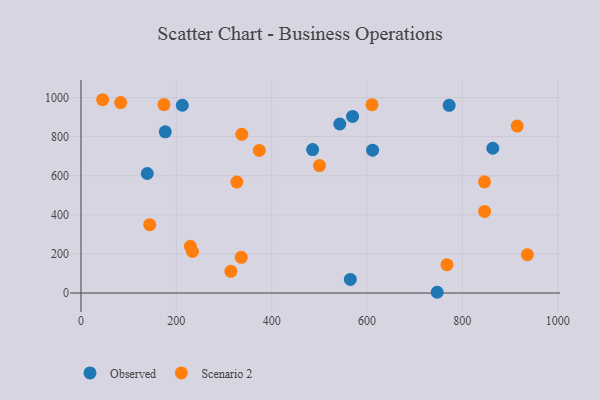
{"axis": {"x": "Ad Spend", "y": "Sales"}, "legend": ["Observed", "Scenario 2"], "data": [{"x": "772.3", "y": 960.7, "type": "Observed"}, {"x": "863.9", "y": 740.8, "type": "Observed"}, {"x": "139.0", "y": 611.6, "type": "Observed"}, {"x": "611.7", "y": 730.9, "type": "Observed"}, {"x": "747.2", "y": 3.8, "type": "Observed"}, {"x": "565.0", "y": 69.6, "type": "Observed"}, {"x": "212.6", "y": 960.9, "type": "Observed"}, {"x": "569.7", "y": 903.5, "type": "Observed"}, {"x": "176.8", "y": 825.0, "type": "Observed"}, {"x": "542.9", "y": 864.9, "type": "Observed"}, {"x": "485.9", "y": 734.2, "type": "Observed"}, {"x": "144.2", "y": 349.8, "type": "Scenario 2"}, {"x": "45.4", "y": 989.2, "type": "Scenario 2"}, {"x": "229.4", "y": 239.4, "type": "Scenario 2"}, {"x": "846.5", "y": 569.2, "type": "Scenario 2"}, {"x": "767.7", "y": 144.8, "type": "Scenario 2"}, {"x": "327.0", "y": 567.9, "type": "Scenario 2"}, {"x": "915.1", "y": 854.3, "type": "Scenario 2"}, {"x": "83.2", "y": 974.5, "type": "Scenario 2"}, {"x": "337.4", "y": 811.9, "type": "Scenario 2"}, {"x": "936.4", "y": 196.1, "type": "Scenario 2"}, {"x": "233.9", "y": 212.4, "type": "Scenario 2"}, {"x": "374.0", "y": 729.9, "type": "Scenario 2"}, {"x": "314.4", "y": 110.9, "type": "Scenario 2"}, {"x": "610.5", "y": 963.5, "type": "Scenario 2"}, {"x": "174.1", "y": 964.4, "type": "Scenario 2"}, {"x": "336.2", "y": 182.9, "type": "Scenario 2"}, {"x": "846.7", "y": 417.4, "type": "Scenario 2"}, {"x": "500.3", "y": 652.1, "type": "Scenario 2"}]}